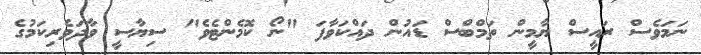
ނަމަވެސް ރައީސް ޔާމީން ތަމްބްސް ޑައުން ދައްކަވާފަ "ނޯ ކޮމެންޓެވެ" ސިޔާސީ ވާދަވެރިކަމުގެ